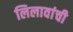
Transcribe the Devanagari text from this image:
लिलावांची